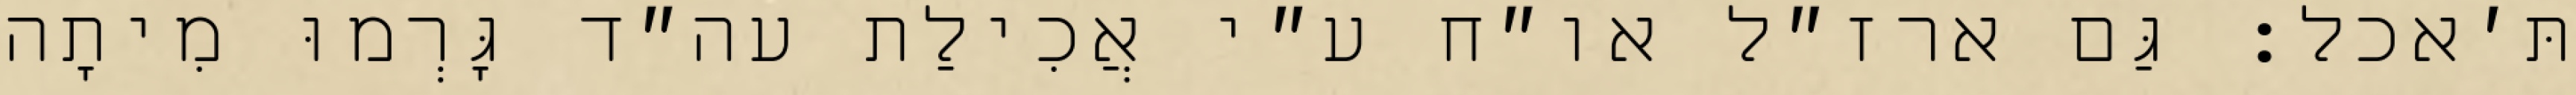
תּ׳אכל: גַּם ארז״ל או״ח ע״י אֲכִילַת עה״ד גָּרְמוּ מִיתָה